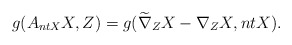
\begin{align*}g(A_{ntX}X,Z)=g(\widetilde\nabla_{Z}X-\nabla_{Z}X, ntX).\end{align*}